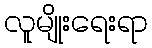
လူမျိုးရေးရာ